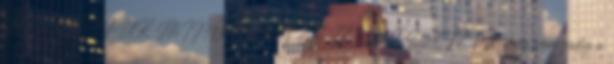
MUNKÁJUK MINŐSÉGÉT ÉS TERMÉSZETÉT ítéli meg, nem pedig a